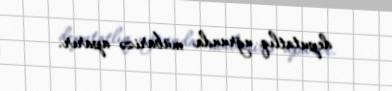
deputatlıq uğrunda mübarizə aparır.